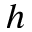
h